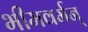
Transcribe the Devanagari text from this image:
भीमवर्मन्